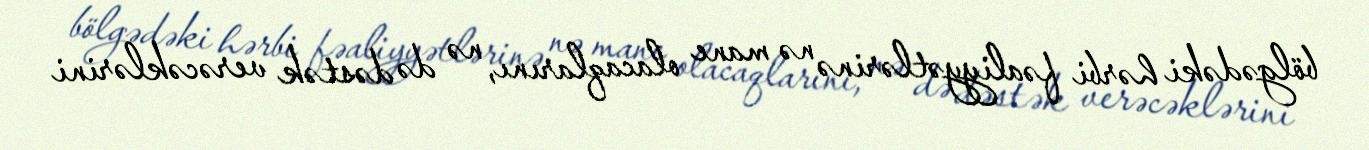
bölgədəki hərbi fəaliyyətlərinə nə mane olacaqlarını, nə də dəstək verəcəklərini